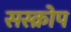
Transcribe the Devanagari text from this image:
सस्क्रोप